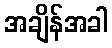
အချိန်အခါ